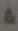
&